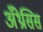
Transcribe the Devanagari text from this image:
अँथ्रेसिस